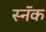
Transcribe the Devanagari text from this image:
स्नॅक